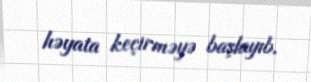
həyata keçirməyə başlayıb.